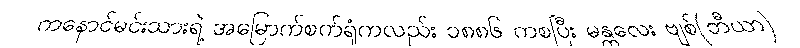
ကနောင်မင်းသားရဲ့ အမြောက်စက်ရုံကလည်း ၁၈၈၆ ကစပြီး မန္တလေး ဗျစ်(ဘီယာ)